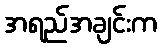
အရည်အချင်းက